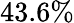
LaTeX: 43.6\%